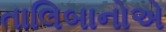
તાલિબાનોએ